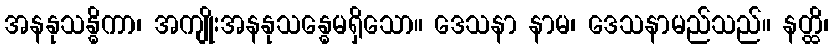
အနနုသန္ဓိကာ၊ အကျိုးအနနုသန္ဓေမရှိသော။ ဒေသနာ နာမ၊ ဒေသနာမည်သည်။ နတ္ထိ၊